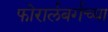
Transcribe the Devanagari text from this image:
फोरार्लबर्गच्या